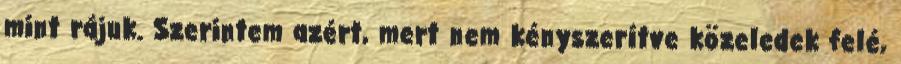
mint rájuk. Szerintem azért, mert nem kényszerítve közeledek felé,